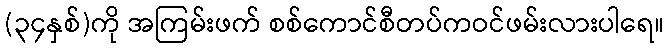
(၃၄နှစ်)ကို အကြမ်းဖက် စစ်ကောင်စီတပ်ကဝင်ဖမ်းလားပါရေ။